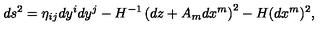
d s ^ { 2 } = \eta _ { i j } d y ^ { i } d y ^ { j } - H ^ { - 1 } \left( d z + { A } _ { m } d x ^ { m } \right) ^ { 2 } - H ( d x ^ { m } ) ^ { 2 } ,